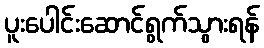
ပူးပေါင်းဆောင်ရွက်သွားရန်